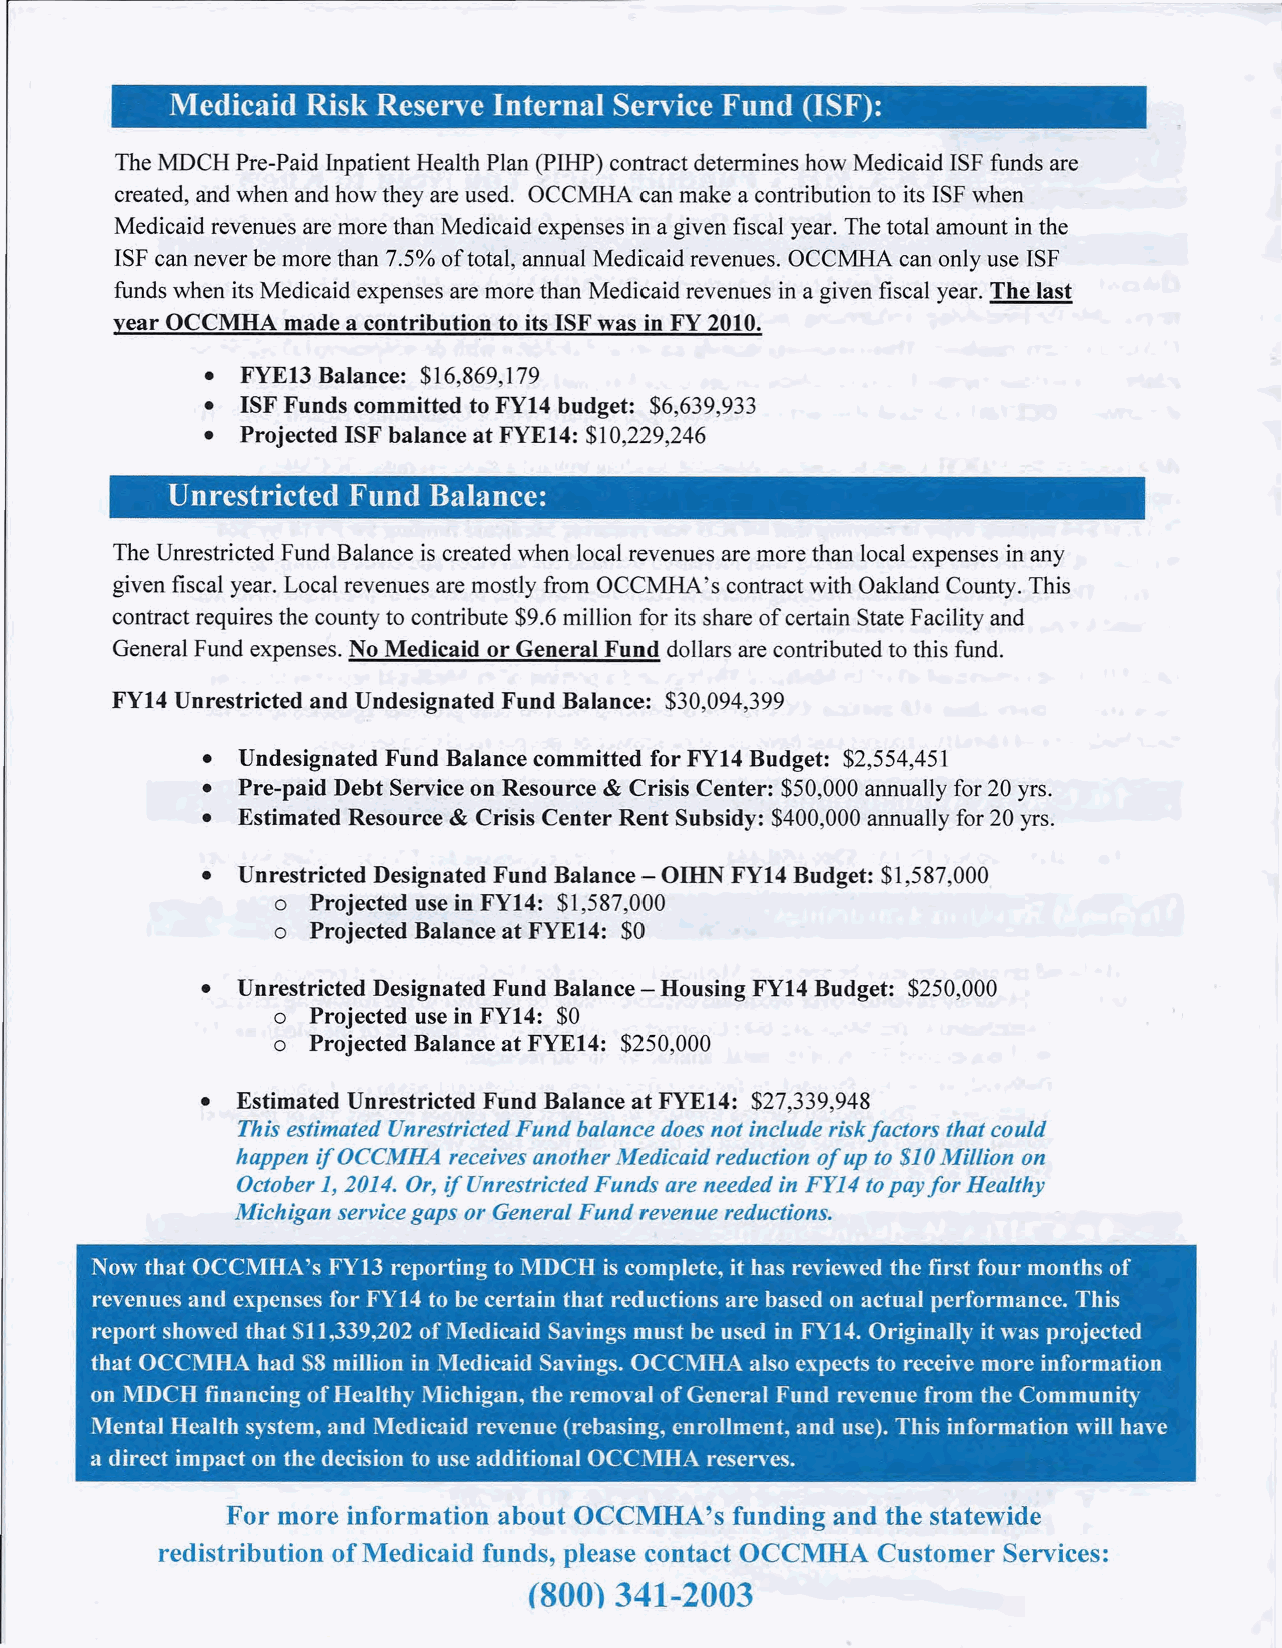
Medicaid Risk Reserve Internal Service Fund (ISF):
 The MDCH Pre-Paid Inpatient Health Plan (PIHP) contract determines how Medicaid ISF funds are
 created, and when and how they are used. OCCMHA can make a contribution to its ISF when
 Medicaid revenues are more than Medicaid expenses in a given fiscal year. The total amount inthe
 ISF can never be more than 7.5% of total, annual Medicaid revenues. OCCMHA can only use ISF
 funds when its Medicaid expenses are more than Medicaid revenues in a given fiscal year. The last
 year OCCMHA made a contribution to its ISF was in FY 2010.
 • FYE13 Balance: $16,869,179
 • ISF Funds committed to FY14 budget: $6,639,933
 • Projected ISF balance at FYEI4: $10,229,246
 Unrestricted Fund Balance:
 The Unrestricted Fund Balance is created when local revenues are more than local expenses inany
 given fiscal year. Local revenues are mostly from OCCMHA' s contract with Oakland County. This
 contract requires the county to contribute $9.6 million for its share of certain State Facility and
 General Fund expenses. No Medicaid or General Fund dollars are contributed to this fund.
 FY14 Unrestricted and Undesignated Fund Balance: $30,094,399
 •  Undesignated Fund Balance committed for FY14 Budget: $2,554,451
 •  Pre-paid Debt Service on Resource & Crisis Center: $50,000 annually for 20 yrs.
 •  Estimated Resource & Crisis Center Rent Subsidy: $400,000 annually for 20 yrs.
 •  Unrestricted Designated Fund Balance - OmN FY14 Budget: $1,587,000
 o  Projected use in FYI4: $1,587,000
 o  Projected Balance at FYEI4: $0
 •  Unrestricted Designated Fund Balance - Housing FY14 Budget: $250,000
 o Projected use in FYI4: $0
 o Projected Balance at FYEI4: $250,000
 •  Estimated Unrestricted Fund Balance at FYEI4: $27,339,948
 This estimated Unrestricted Fund balance does not include riskfactors that could
 happen if OCCMHA receives another Medicaid reduction of up to $10Million on
 October 1,2014. Or, if Unrestricted Funds are needed in FY14 topay for Healthy
 Michigan service gaps or General Fund revenue reductions.
 Now that OCCMHA's FYI3 reporting to MDCH iscomplete, it has reviewed the first four months of
 revenues and expenses for FY14 to be certain that reductions are based on actual performance. This
 report showed that $11,339,202 of Medicaid Savings must be used in FYI4. Originally it was projected
 that OCCMHA had $8 million in Medicaid Savings. OCCMHA also expects to receive more information
 on MDCH financing of Healthy Michigan, the removal of General Fund revenue from the Community
 Mental Health system, and Medicaid revenue (rebasing, enrollment, and use). This information will have
 a direct impact on the decision to use additional OCCMHA reserves.
 For more information about OCCMHA's funding and the statewide
 redistribution ofMedicaid funds, please contact OCCMHA Customer Services:
 (800) 341-2003